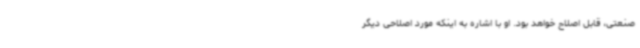
صنعتی، قابل اصلاح خواهد بود. او با اشاره به اینکه مورد اصلاحی دیگر